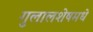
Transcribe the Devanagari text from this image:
गुलालशेषमधे